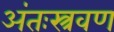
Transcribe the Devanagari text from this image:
अंतःस्त्रवण